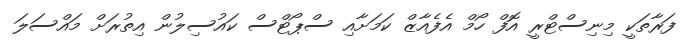
ފަރާތަކީ މިނިސްޓްރީ އޮފް ހޯމް އެފެއާޒް ކަމަށާއި ސްޕޯޓްސް ކައުސިލުން އިތުރަށް މައްސަލަ